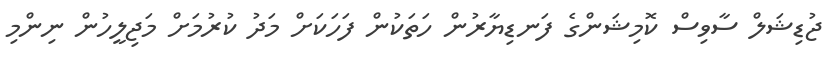
ޖުޑިޝަލް ސާވިސް ކޮމިޝަންގެ ފަނޑިޔާރުން ހަތަކުން ފަހަކަށް މަދު ކުރުމަށް މަޖިލީހުން ނިންމި